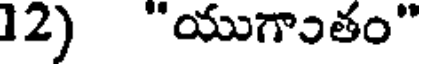
12) "యుగాుతం"